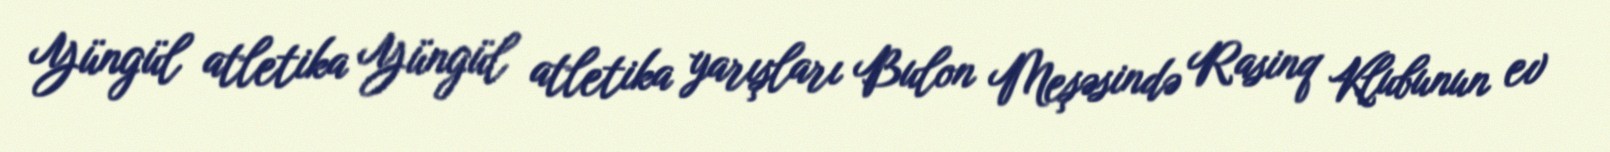
Yüngül atletika Yüngül atletika yarışları Bulon Meşəsində Rasinq Klubunun ev